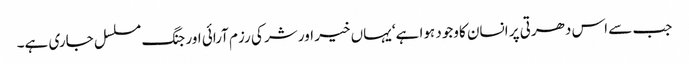
جب سے اس دھرتی پر انسان کاوجود ہوا ہے‘ یہاں خیر اور شر کی رزم آرائی اور جنگ مسلسل جاری ہے۔